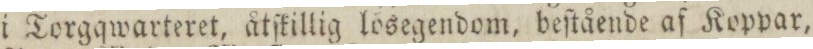
i Torgqwarteret, åtſkillig lösegendom, beſtående af Koppar,